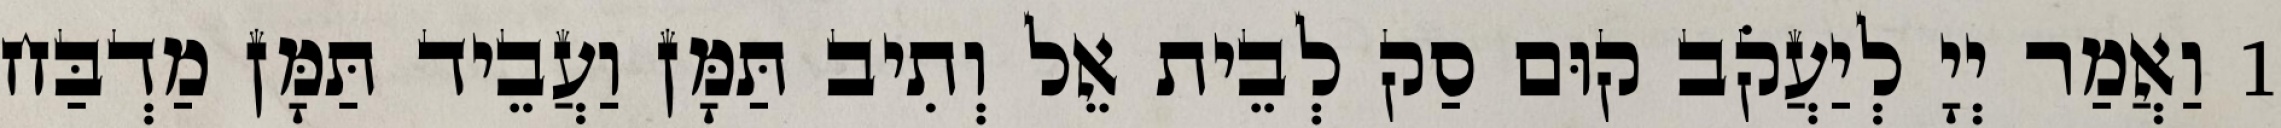
1 וַאֲמַר יְיָ לְיַעֲקֹב קוּם סַק לְבֵית אֵל וְתִיב תַּמָּן וַעֲבֵיד תַּמָּן מַדְבַּח